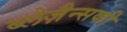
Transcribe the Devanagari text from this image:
ब्लेज़ैन्सकी